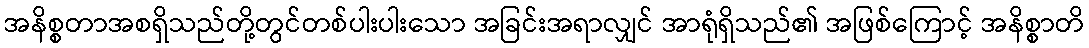
အနိစ္စတာအစရှိသည်တို့တွင်တစ်ပါးပါးသော အခြင်းအရာလျှင် အာရုံရှိသည်၏ အဖြစ်ကြောင့် အနိစ္စာတိ